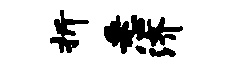
折悉济